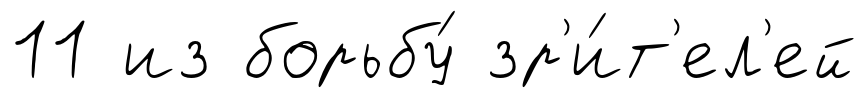
11 из борьбу́ зр'и́т'ел'ей